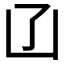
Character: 𠙶